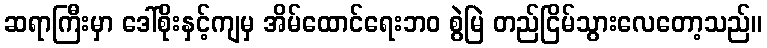
ဆရာကြီးမှာ ဒေါ်စိုးနှင့်ကျမှ အိမ်ထောင်ရေးဘဝ စွဲမြဲ တည်ငြိမ်သွားလေတော့သည်။